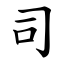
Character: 司